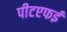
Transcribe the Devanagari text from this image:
पीटएफई